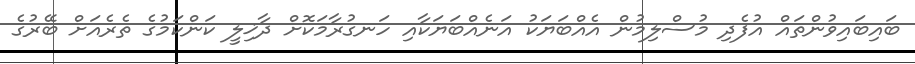
ބައިބައިވުންތައް އުފެދި މުސްލިމުން އެއްބަޔަކު އަނެއްބަޔަކާއި ހަނގުރާމަކޮށް ދާޚިލީ ކަންކަމުގެ ތެރެއަށް ބޭރުގެ